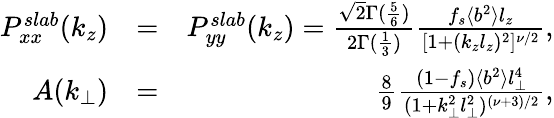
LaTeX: \begin{array}{rlr}{P_{xx}^{slab}(k_{z})}&{=}&{P_{yy}^{slab}(k_{z})=\frac{\sqrt{2}\Gamma(\frac{5}{6})}{2\Gamma(\frac{1}{3})}\frac{f_{s}\langle b^{2}\rangle l_{z}}{[1+(k_{z}l_{z})^{2}]^{\nu/2}},}\\ {A(k_{\perp})}&{=}&{\frac{8}{9}\frac{(1-f_{s})\langle b^{2}\rangle l_{\perp}^{4}}{(1+k_{\perp}^{2}l_{\perp}^{2})^{(\nu+3)/2}},}\end{array}